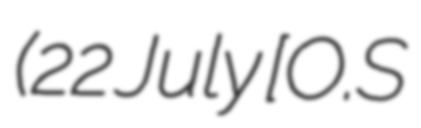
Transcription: (22 July [O.S